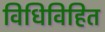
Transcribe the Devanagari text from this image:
विधिविहित